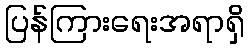
ပြန်ကြားရေးအရာရှိ